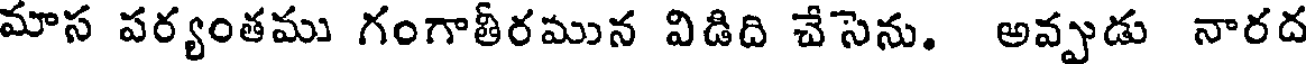
మాస పర్యంతము గంగాతీరమున విడిది చేసెను. అవ్వడు నారద